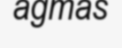
agmas